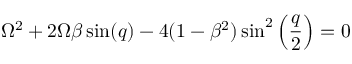
\Omega ^ { 2 } + 2 \Omega \beta \sin ( q ) - 4 ( 1 - \beta ^ { 2 } ) \sin ^ { 2 } \left( \frac { q } { 2 } \right) = 0